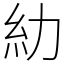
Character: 糼